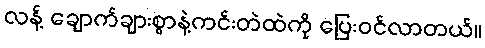
လန့် ချောက်ချားစွာနဲ့ကင်းတဲထဲကို ပြေးဝင်လာတယ်။